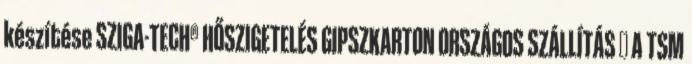
készítése SZIGA-TECH® HŐSZIGETELÉS GIPSZKARTON ORSZÁGOS SZÁLLÍTÁS ← A TSM